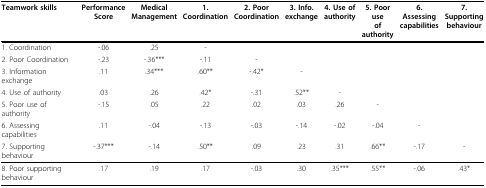
<table><thead><tr><td><b>Teamwork skills</b></td><td><b>PerformanceScore</b></td><td><b>MedicalManagement</b></td><td><b>1.Coordination</b></td><td><b>2. PoorCoordination</b></td><td><b>3. Info.exchange</b></td><td><b>4. Use ofauthority</b></td><td><b>5. Poor useof authority</b></td><td><b>6. Assessingcapabilities</b></td><td><b>7. Supportingbehaviour</b></td></tr></thead><tbody><tr><td>1. Coordination</td><td>-.06</td><td>.25</td><td>-</td><td></td><td></td><td></td><td></td><td></td><td></td></tr><tr><td>2. Poor Coordination</td><td>-.23</td><td>-.36***</td><td>-.11</td><td>-</td><td></td><td></td><td></td><td></td><td></td></tr><tr><td>3. Information exchange</td><td>.11</td><td>.34***</td><td>.60**</td><td>-.42*</td><td>-</td><td></td><td></td><td></td><td></td></tr><tr><td>4. Use of authority</td><td>.03</td><td>.26</td><td>.42*</td><td>-.31</td><td>.52**</td><td>-</td><td></td><td></td><td></td></tr><tr><td>5. Poor use of authority</td><td>-.15</td><td>.05</td><td>.22</td><td>.02</td><td>.03</td><td>.26</td><td>-</td><td></td><td></td></tr><tr><td>6. Assessing capabilities</td><td>.11</td><td>-.04</td><td>-.13</td><td>-.03</td><td>-.14</td><td>-.02</td><td>-.04</td><td>-</td><td></td></tr><tr><td>7. Supporting behaviour</td><td>-.37***</td><td>-.14</td><td>.50**</td><td>.09</td><td>.23</td><td>.31</td><td>.66**</td><td>-.17</td><td>-</td></tr><tr><td>8. Poor supporting behaviour</td><td>.17</td><td>.19</td><td>.17</td><td>-.03</td><td>.30</td><td>.35***</td><td>.55**</td><td>-.06</td><td>.43*</td></tr></tbody></table>